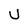
Character: U